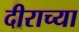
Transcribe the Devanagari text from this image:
दीराच्या